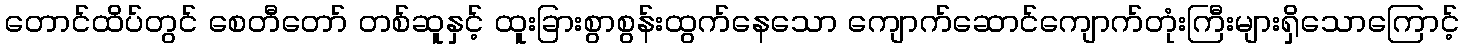
တောင်ထိပ်တွင် စေတီတော် တစ်ဆူနှင့် ထူးခြားစွာစွန်းထွက်နေသော ကျောက်ဆောင်ကျောက်တုံးကြီးများရှိသောကြောင့်